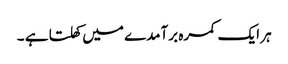
ہر ایک کمرہ برآمدے میں کھلتا ہے ۔